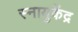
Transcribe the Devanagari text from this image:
स्नायुकेंद्र